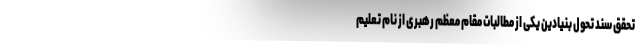
تحقق سند تحول بنیادین یکی از مطالبات مقام معظم رهبری از نام تعلیم